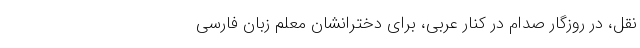
نقل، در روزگار صدام در کنار عربی، برای دخترانشان معلم زبان فارسی